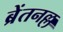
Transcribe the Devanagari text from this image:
ब्रेंतनल्ल